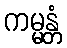
ကမ္မန္တံ